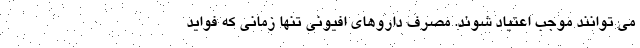
می توانند موجب اعتیاد شوند. مصرف داروهای افیونی تنها زمانی که فواید